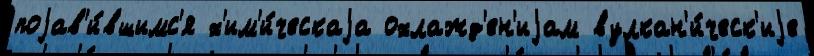
поjав'и́вшимс'я х'им'и́ческаjа охлажд'ен'иjам вулкан'и́ческ'иjе